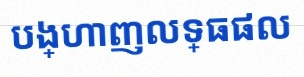
បង្ហាញលទ្ធផល